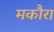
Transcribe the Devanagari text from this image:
मकौरा